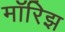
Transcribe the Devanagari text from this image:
मॉरिझ